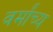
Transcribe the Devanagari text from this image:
वर्मांच्य